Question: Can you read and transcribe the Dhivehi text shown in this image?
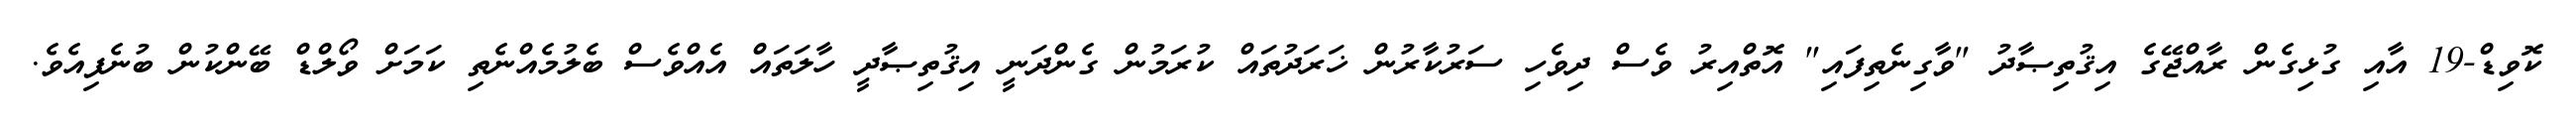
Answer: ކޮވިޑް-19 އާއި ގުޅިގެން ރާއްޖޭގެ އިޤުތިޞާދު "ވާގިނެތިފައި" އޮތްއިރު ވެސް ދިވެހި ސަރުކާރުން ޚަރަދުތައް ކުރަމުން ގެންދަނީ އިޤުތިޞާދީ ހާލަތައް އެއްވެސް ބެލުމެއްނެތި ކަމަށް ވޯލްޑް ބޭންކުން ބުނެފިއެވެ.